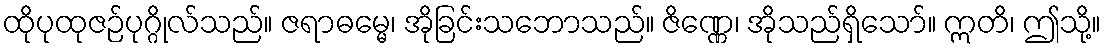
ထိုပုထုဇဉ်ပုဂ္ဂိုလ်သည်။ ဇရာဓမ္မေ၊ အိုခြင်းသဘောသည်။ ဇိဏ္ဏေ၊ အိုသည်ရှိသော်။ ဣတိ၊ ဤသို့။